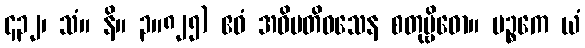
၄၃၂၊ သံ။ နိ။ ၃။၈၂၅) ဧဝံ အဓိပတိဝသေန စတုဗ္ဗိဓော။ ပဉ္စကေ ယံ